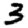
Digit: 3